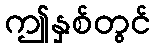
ဤနှစ်တွင်